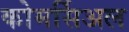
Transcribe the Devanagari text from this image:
कोमर्सिअल